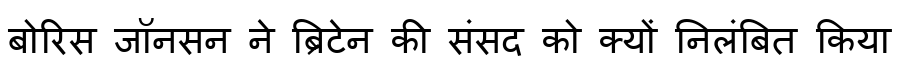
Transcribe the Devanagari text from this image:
बोरिस जॉनसन ने ब्रिटेन की संसद को क्यों निलंबित किया